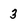
Character: 3